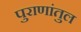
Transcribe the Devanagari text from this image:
पुराणांतुल